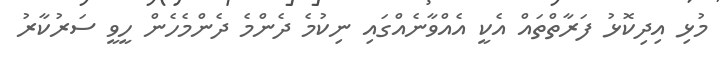
މުޅި އިދިކޮޅު ފަރާތްތައް އެކީ އެއްވާނެއްގައި ނިކުމެ ދެންމެ ދެންމެހެން ހީވީ ސަރުކާރު